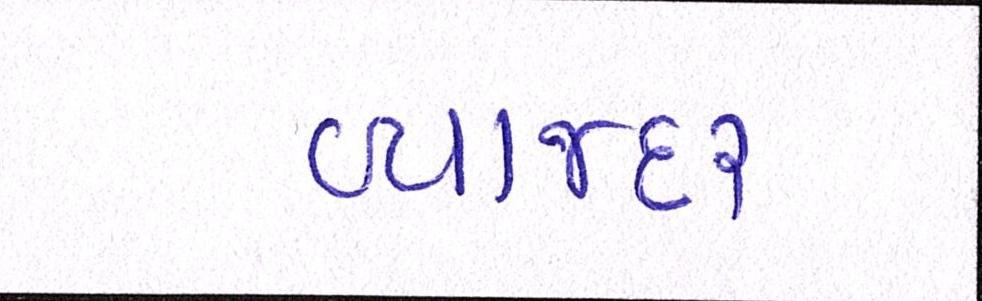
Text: વ્યાજદર